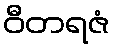
ဝီတရဇံ